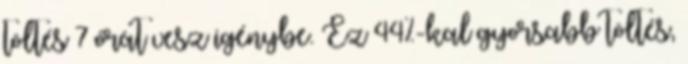
töltés 7 órát vesz igénybe. Ez 44%-kal gyorsabb töltés,